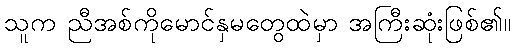
သူက ညီအစ်ကိုမောင်နှမတွေထဲမှာ အကြီးဆုံးဖြစ်၏။